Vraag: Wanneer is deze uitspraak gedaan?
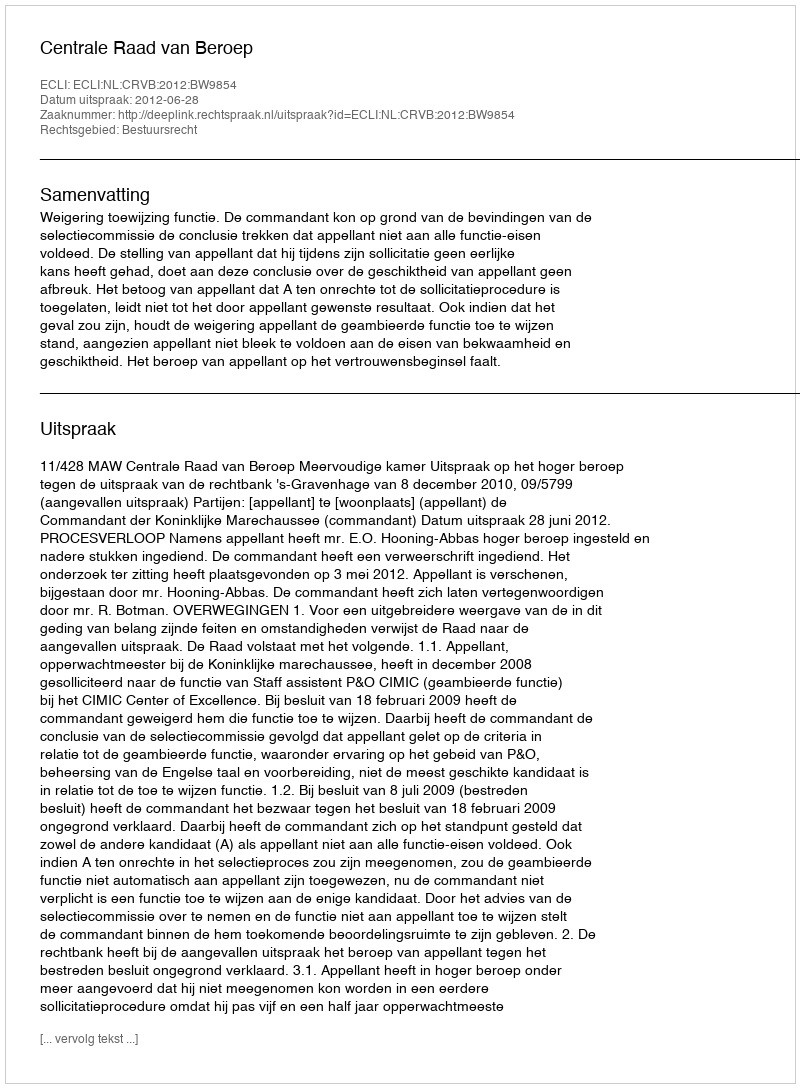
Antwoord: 2012-06-28